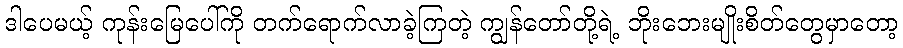
ဒါပေမယ့် ကုန်းမြေပေါ်ကို တက်ရောက်လာခဲ့ကြတဲ့ ကျွန်တော်တို့ရဲ့ ဘိုးဘေးမျိုးစိတ်တွေမှာတော့